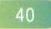
\(40\)